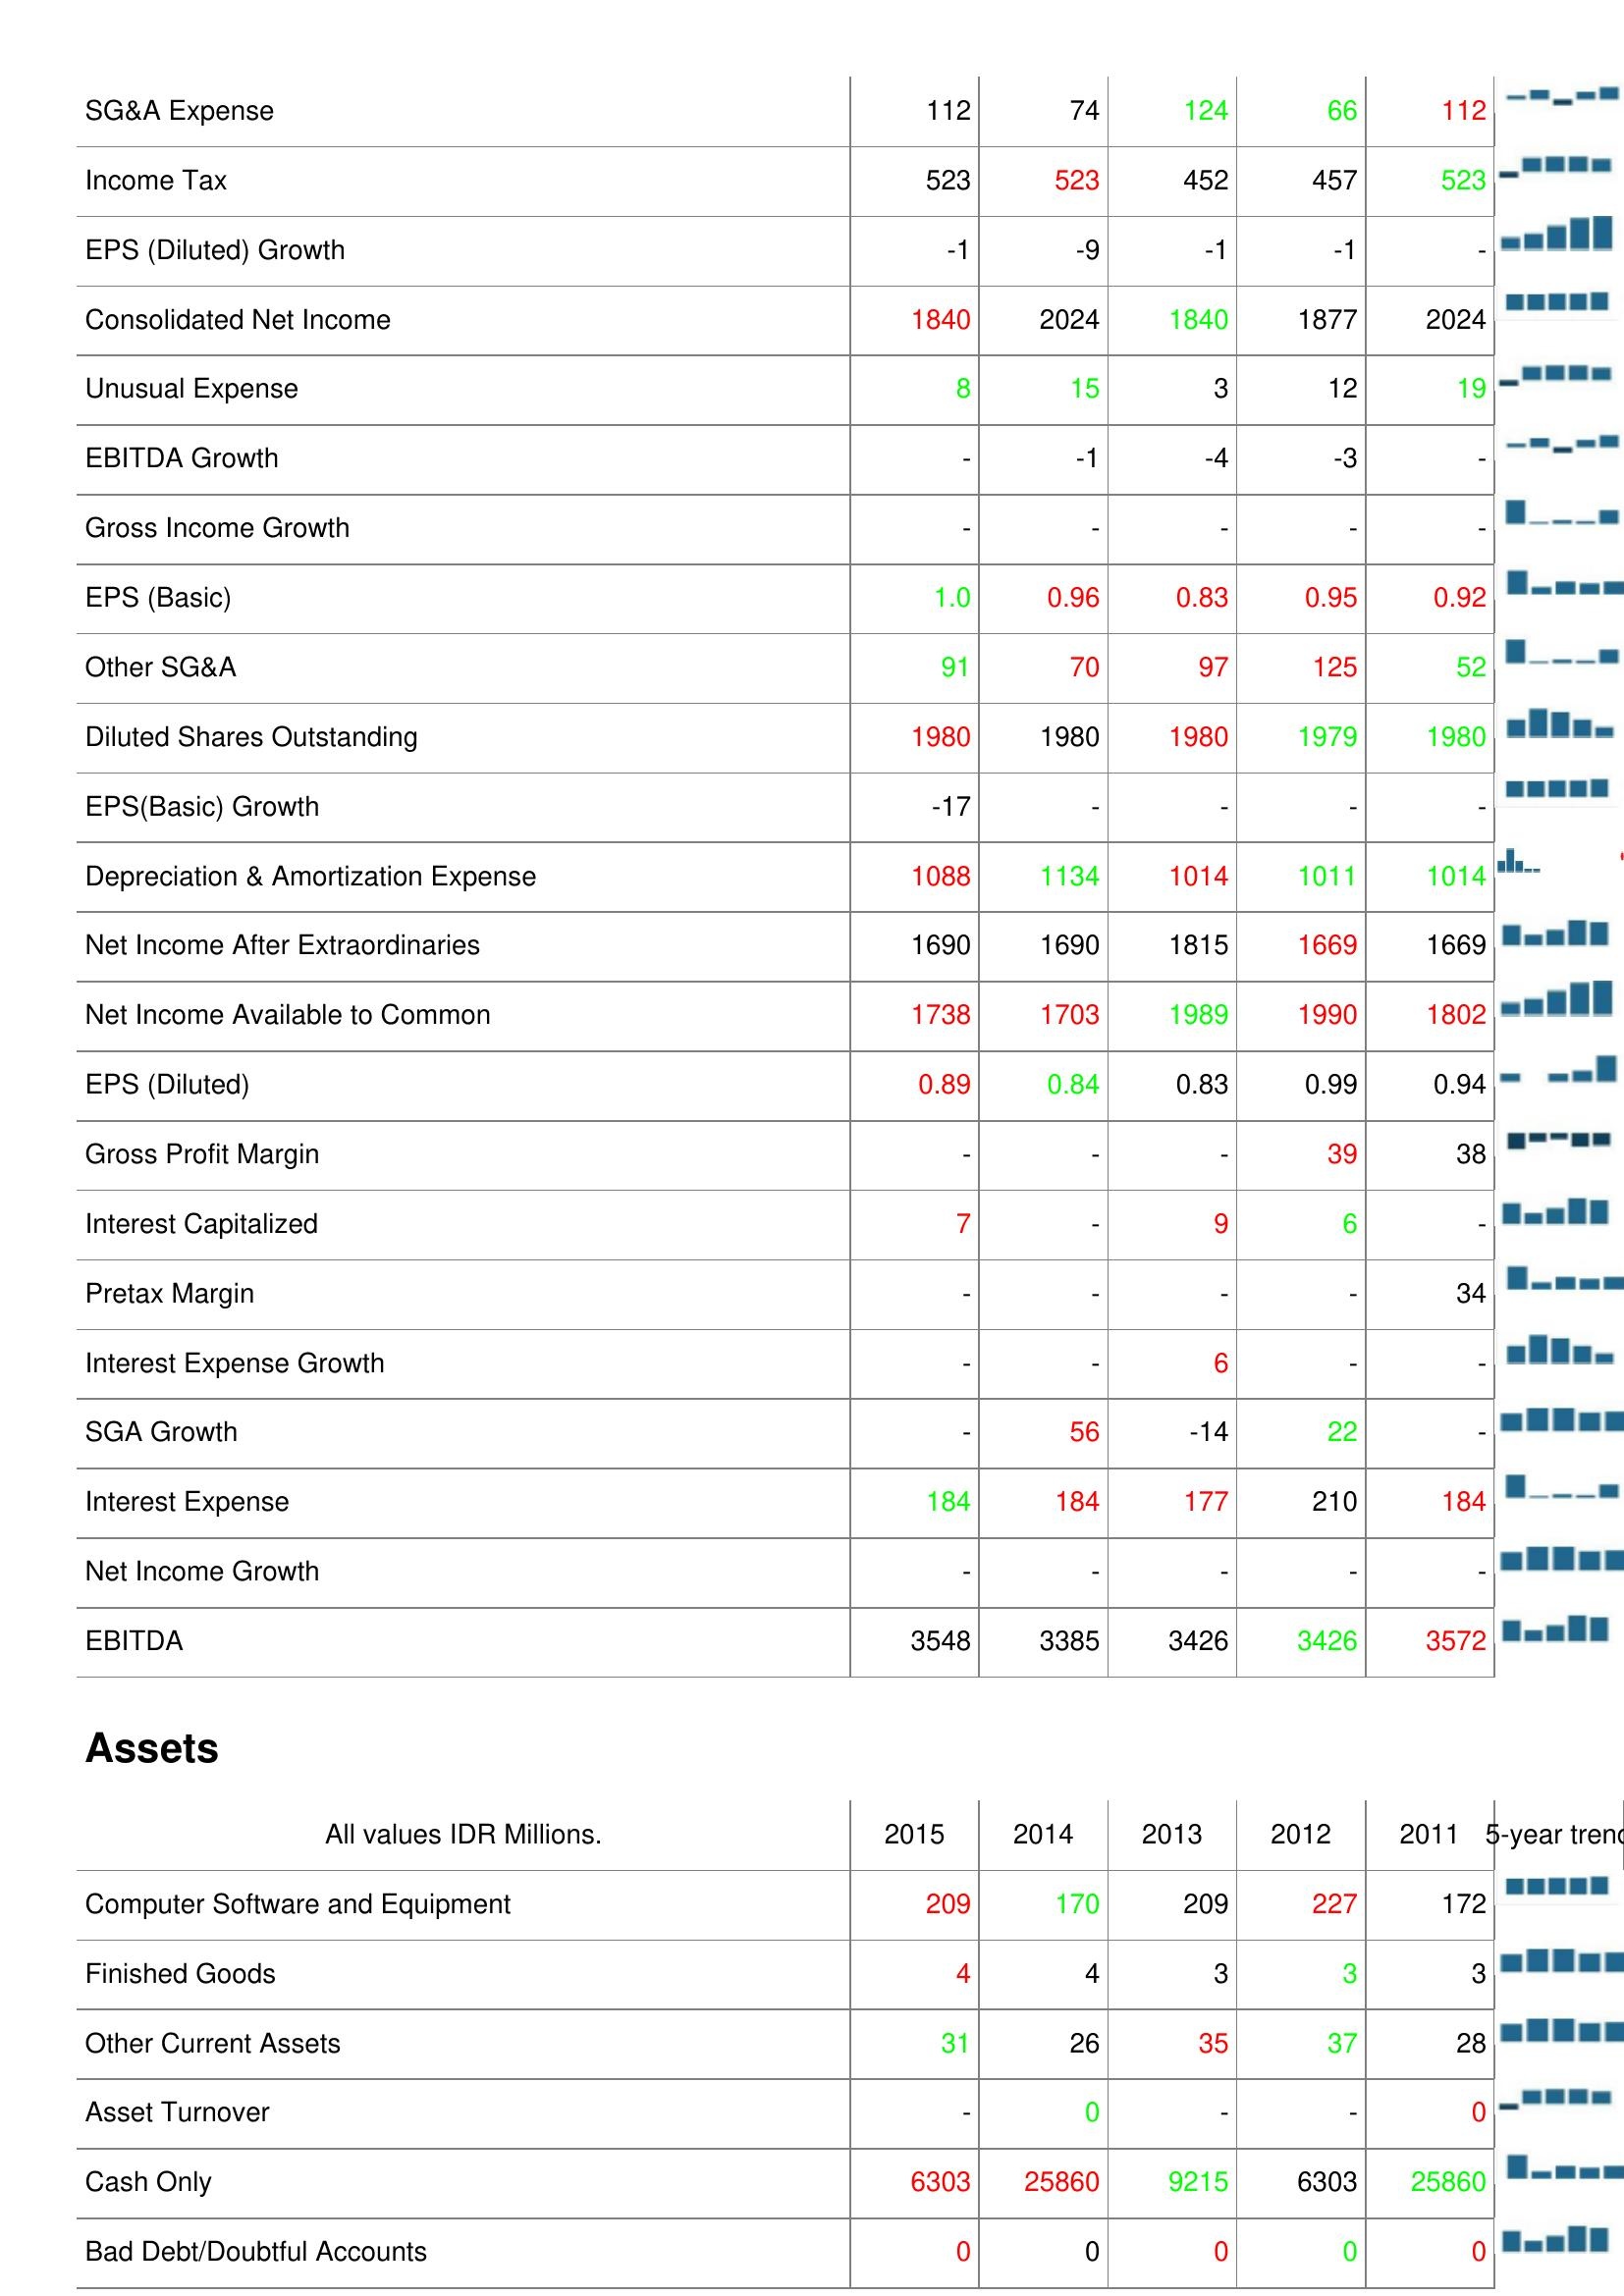
2015: : SG&A Expense: 112
Income Tax: 523
EPS (Diluted) Growth: -1
Consolidated Net Income: 1840
Unusual Expense: 8
EBITDA Growth: -
Gross Income Growth: -
EPS (Basic): 1.0
Other SG&A: 91
Diluted Shares Outstanding: 1980
EPS(Basic) Growth: -17
Depreciation & Amortization Expense: 1088
Net Income After Extraordinaries: 1690
Net Income Available to Common: 1738
EPS (Diluted): 0.89
Gross Profit Margin: -
Interest Capitalized: 7
Pretax Margin: -
Interest Expense Growth: -
SGA Growth: -
Interest Expense: 184
Net Income Growth: -
EBITDA: 3548
Assets: Computer Software and Equipment: 209
Finished Goods: 4
Other Current Assets: 31
Asset Turnover: -
Cash Only: 6303
Bad Debt/Doubtful Accounts: 0
2014: : SG&A Expense: 74
Income Tax: 523
EPS (Diluted) Growth: -9
Consolidated Net Income: 2024
Unusual Expense: 15
EBITDA Growth: -1
Gross Income Growth: -
EPS (Basic): 0.96
Other SG&A: 70
Diluted Shares Outstanding: 1980
EPS(Basic) Growth: -
Depreciation & Amortization Expense: 1134
Net Income After Extraordinaries: 1690
Net Income Available to Common: 1703
EPS (Diluted): 0.84
Gross Profit Margin: -
Interest Capitalized: -
Pretax Margin: -
Interest Expense Growth: -
SGA Growth: 56
Interest Expense: 184
Net Income Growth: -
EBITDA: 3385
Assets: Computer Software and Equipment: 170
Finished Goods: 4
Other Current Assets: 26
Asset Turnover: 0
Cash Only: 25860
Bad Debt/Doubtful Accounts: 0
2013: : SG&A Expense: 124
Income Tax: 452
EPS (Diluted) Growth: -1
Consolidated Net Income: 1840
Unusual Expense: 3
EBITDA Growth: -4
Gross Income Growth: -
EPS (Basic): 0.83
Other SG&A: 97
Diluted Shares Outstanding: 1980
EPS(Basic) Growth: -
Depreciation & Amortization Expense: 1014
Net Income After Extraordinaries: 1815
Net Income Available to Common: 1989
EPS (Diluted): 0.83
Gross Profit Margin: -
Interest Capitalized: 9
Pretax Margin: -
Interest Expense Growth: 6
SGA Growth: -14
Interest Expense: 177
Net Income Growth: -
EBITDA: 3426
Assets: Computer Software and Equipment: 209
Finished Goods: 3
Other Current Assets: 35
Asset Turnover: -
Cash Only: 9215
Bad Debt/Doubtful Accounts: 0
2012: : SG&A Expense: 66
Income Tax: 457
EPS (Diluted) Growth: -1
Consolidated Net Income: 1877
Unusual Expense: 12
EBITDA Growth: -3
Gross Income Growth: -
EPS (Basic): 0.95
Other SG&A: 125
Diluted Shares Outstanding: 1979
EPS(Basic) Growth: -
Depreciation & Amortization Expense: 1011
Net Income After Extraordinaries: 1669
Net Income Available to Common: 1990
EPS (Diluted): 0.99
Gross Profit Margin: 39
Interest Capitalized: 6
Pretax Margin: -
Interest Expense Growth: -
SGA Growth: 22
Interest Expense: 210
Net Income Growth: -
EBITDA: 3426
Assets: Computer Software and Equipment: 227
Finished Goods: 3
Other Current Assets: 37
Asset Turnover: -
Cash Only: 6303
Bad Debt/Doubtful Accounts: 0
2011: : SG&A Expense: 112
Income Tax: 523
EPS (Diluted) Growth: -
Consolidated Net Income: 2024
Unusual Expense: 19
EBITDA Growth: -
Gross Income Growth: -
EPS (Basic): 0.92
Other SG&A: 52
Diluted Shares Outstanding: 1980
EPS(Basic) Growth: -
Depreciation & Amortization Expense: 1014
Net Income After Extraordinaries: 1669
Net Income Available to Common: 1802
EPS (Diluted): 0.94
Gross Profit Margin: 38
Interest Capitalized: -
Pretax Margin: 34
Interest Expense Growth: -
SGA Growth: -
Interest Expense: 184
Net Income Growth: -
EBITDA: 3572
Assets: Computer Software and Equipment: 172
Finished Goods: 3
Other Current Assets: 28
Asset Turnover: 0
Cash Only: 25860
Bad Debt/Doubtful Accounts: 0